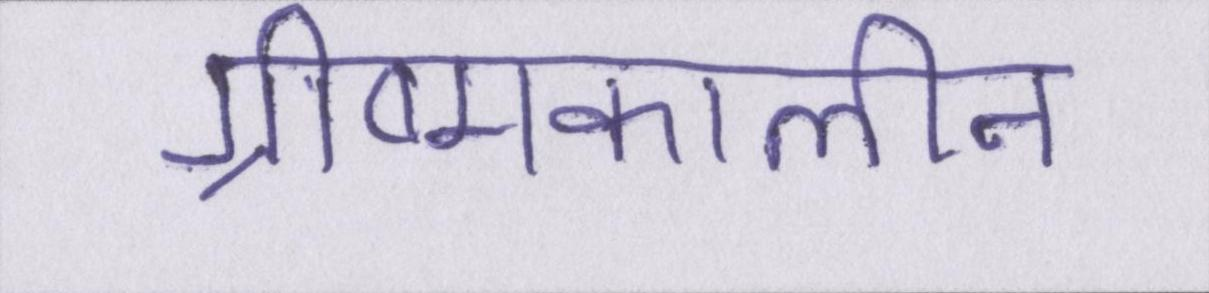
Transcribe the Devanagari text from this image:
ग्रीष्मकालीन